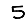
Digit: 5